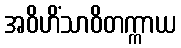
အဝိဟိံသာဝိတက္ကာယ